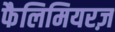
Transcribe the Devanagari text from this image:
फैलिमियरज़